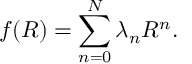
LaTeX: f ( R ) = \sum _ { n = 0 } ^ { N } \lambda _ { n } R ^ { n } .